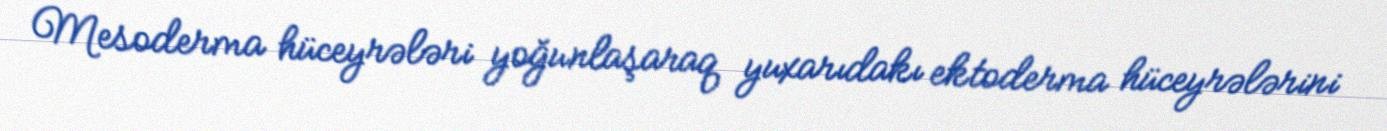
Mesoderma hüceyrələri yoğunlaşaraq yuxarıdakı ektoderma hüceyrələrini